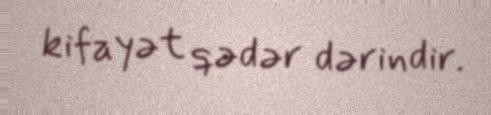
kifayət qədər dərindir.